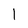
Character: I